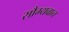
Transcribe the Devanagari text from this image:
सौम्यवान